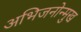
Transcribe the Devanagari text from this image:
अभिजनोन्मुख